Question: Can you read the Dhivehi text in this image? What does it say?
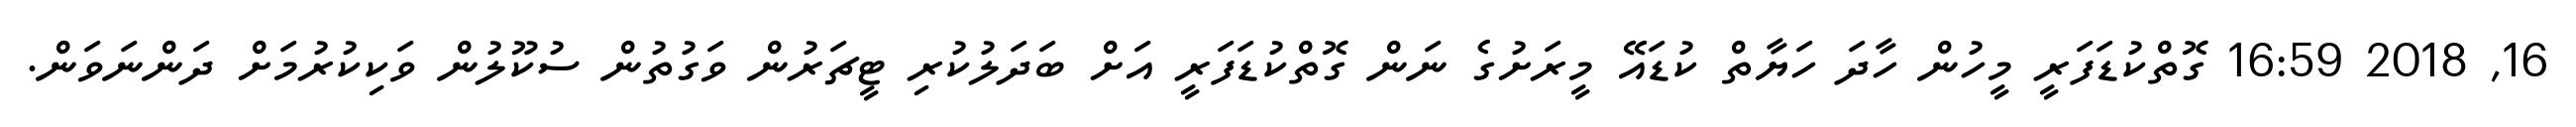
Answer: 16, 2018 16:59 ގޮތްކުޑަފަރީ މީހުން ހާދަ ހަޔާތް ކުޑައޭ މީރަށުގެ ނަން ގޮތްކުޑަފަރީ އަށް ބަދަލުކުރި ޓީޗަރުން ވަގުތުން ސުކޫލުން ވަކިކުރުމަށް ދަންނަވަން.